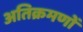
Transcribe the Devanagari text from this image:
अतिक्रमणों